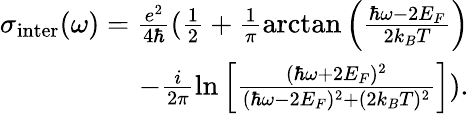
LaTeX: \begin{array}{r}{\sigma_{\textrm{inter}}(\omega)=\frac{e^{2}}{4\hbar}(\frac{1}{2}+\frac{1}{\pi}\arctan\left(\frac{\hbar\omega-2E_{F}}{2k_{B}T}\right)}\\ {-\frac{i}{2\pi}\ln\left[\frac{(\hbar\omega+2E_{F})^{2}}{(\hbar\omega-2E_{F})^{2}+(2k_{B}T)^{2}}\right]).}\end{array}